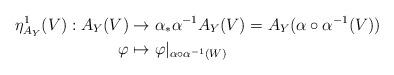
LaTeX: \begin{align*} \eta^1_{A_Y}(V):A_Y(V)&\to \alpha_*\alpha^{-1}A_Y(V)=A_Y(\alpha\circ\alpha^{-1}(V))\\ \varphi&\mapsto \varphi|_{\alpha\circ\alpha^{-1}(W)}\end{align*}